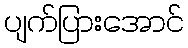
ပျက်ပြားအောင်